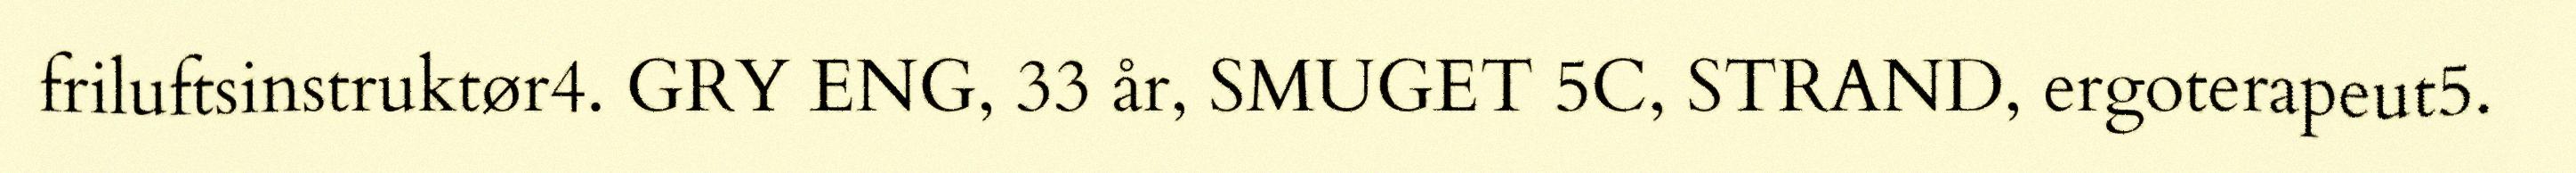
friluftsinstruktør4. GRY ENG, 33 år, SMUGET 5C, STRAND, ergoterapeut5.